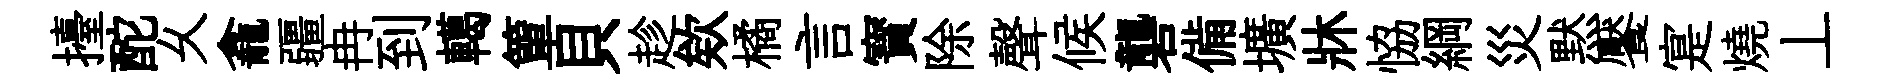
擡酡乆龕疆冉到轕簞貝趁欸橘言寳除聲候礱備壙牀恊綱災黙饜寔燒丄